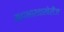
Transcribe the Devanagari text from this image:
महाभारताखेरीज